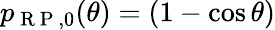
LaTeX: p_{\mathrm{~R~P~},0}(\theta)=(1-\cos\theta)